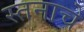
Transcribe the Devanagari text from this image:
स्तनाचे